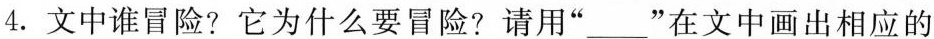
4. 文中谁冒险?它为什么要冒险?请用”\underline”在文中画出相应的